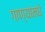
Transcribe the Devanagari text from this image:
गाण्यांमधे